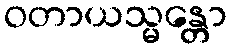
ဝတာယသ္မန္တော